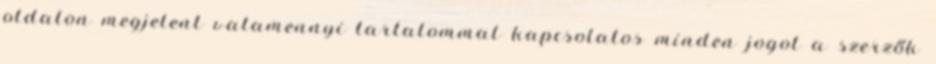
oldalon megjelent valamennyi tartalommal kapcsolatos minden jogot a szerzők